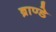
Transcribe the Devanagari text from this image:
ब्राण्डे